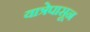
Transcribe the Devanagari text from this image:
यात्रेपासून